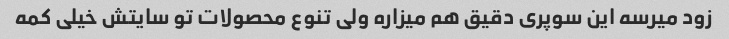
زود میرسه این سوپری دقیق هم میزاره ولی تنوع محصولات تو سایتش خیلی کمه